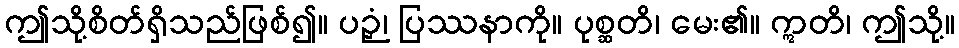
ဤသို့စိတ်ရှိသည်ဖြစ်၍။ ပဉှံ၊ ပြဿနာကို။ ပုစ္ဆတိ၊ မေး၏။ ဣတိ၊ ဤသို့။